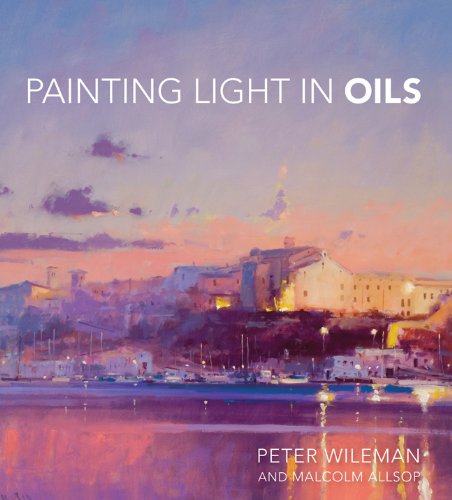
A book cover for Painting Light in Oils; Peter Wileman; Arts & Photography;